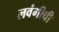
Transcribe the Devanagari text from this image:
लवंगीची